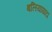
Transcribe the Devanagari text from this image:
बलियाघाटा